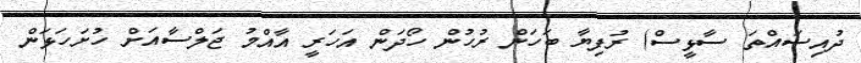
ދުއިސައްތަ ސާޅީސް) ރުފިޔާ ބަހަން ރުހުން ހޯދަން އަހަރީ އާއްމު ޖަލްސާއަށް ހުށަހަޅަން